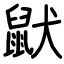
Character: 鼣